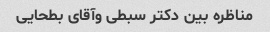
مناظره بین دکتر سبطی وآقای بطحایی